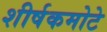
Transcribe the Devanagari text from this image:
शीर्षकमोटे